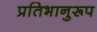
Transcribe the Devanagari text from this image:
प्रतिभानुरूप